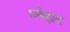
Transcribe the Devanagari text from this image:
मनोह्रास